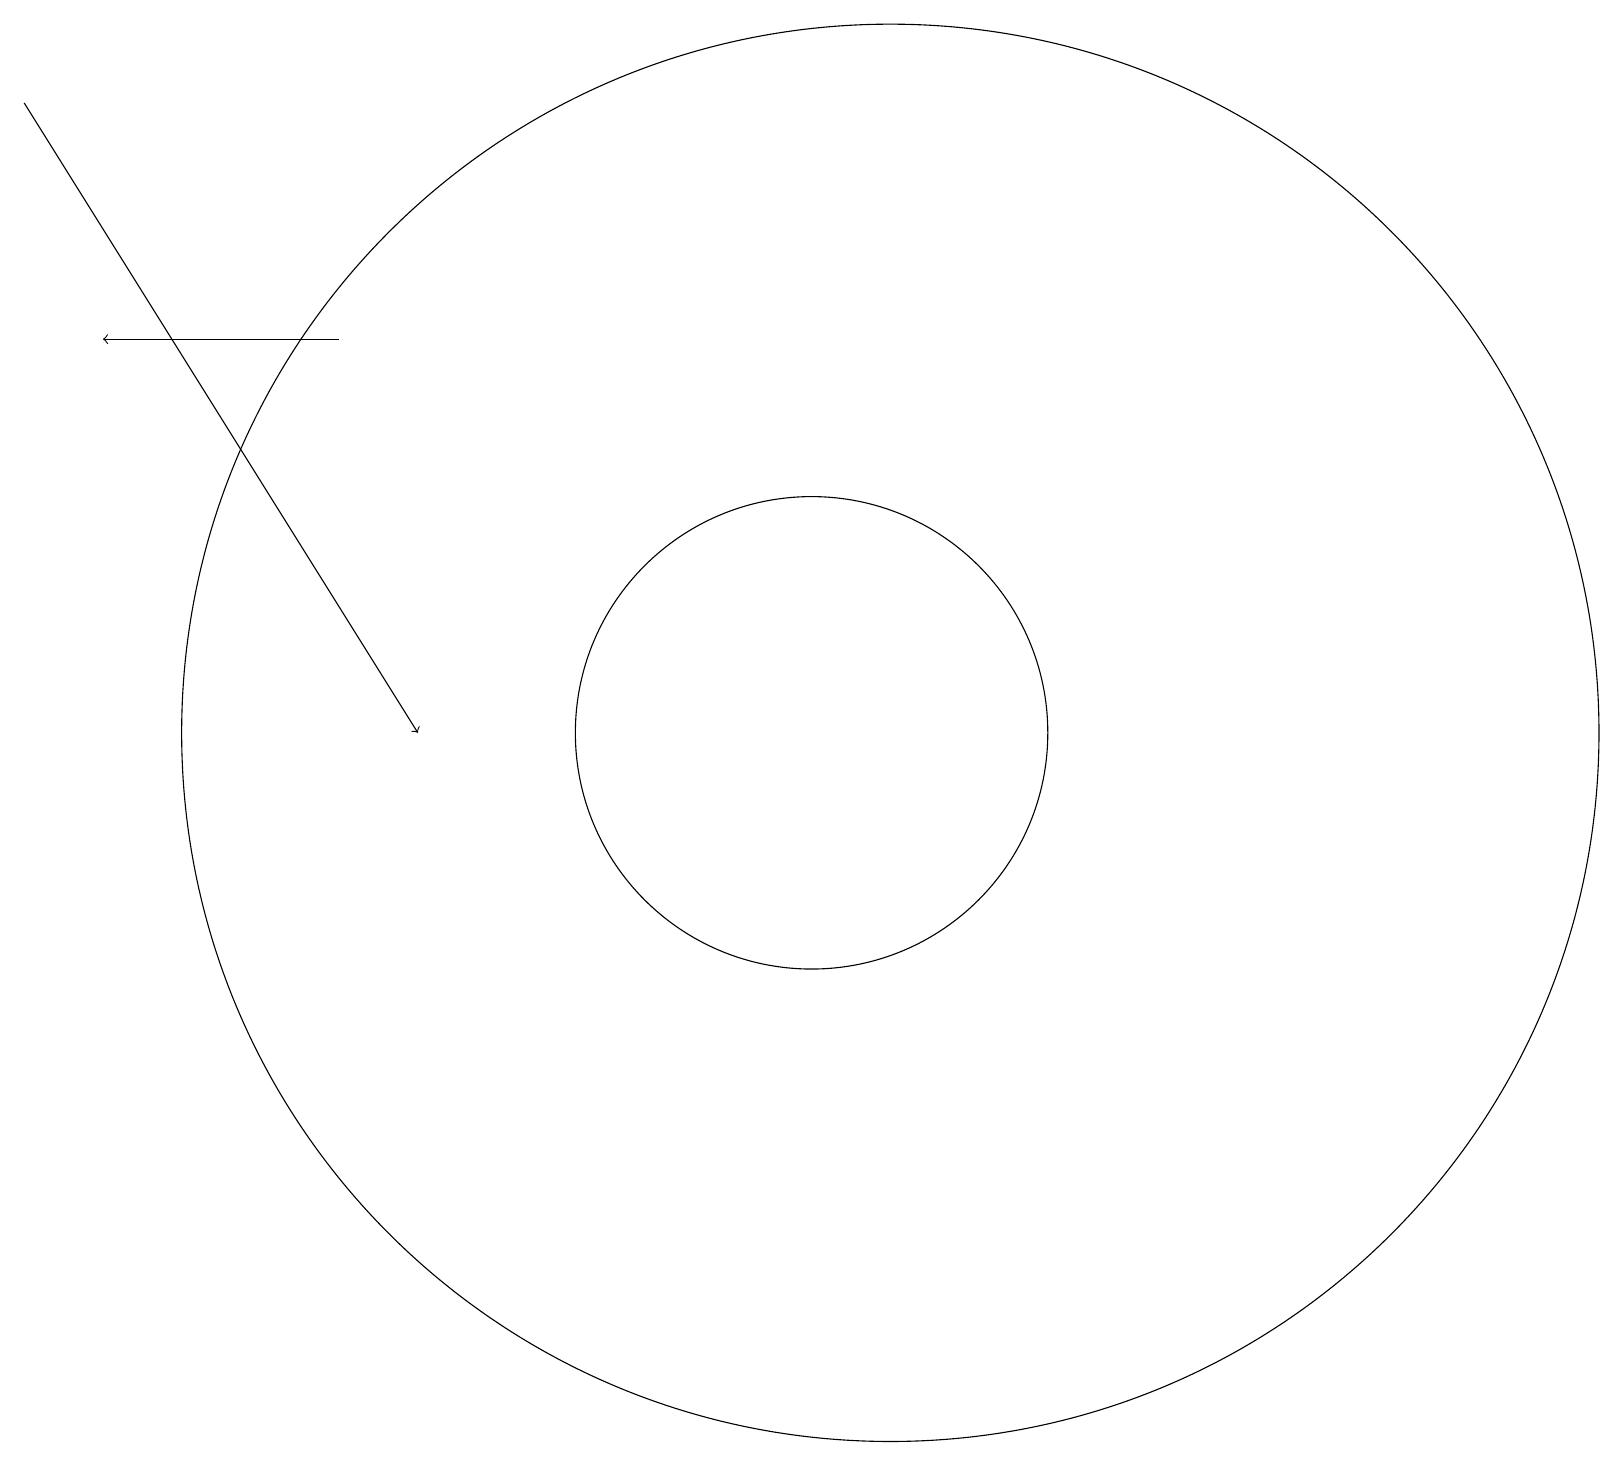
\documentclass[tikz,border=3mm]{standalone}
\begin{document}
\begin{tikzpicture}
\draw (12,11) circle (9);
\draw[->] (5,16) -- (2,16);
\draw[->] (1,19) -- (6,11);
\draw (11,11) circle (3);
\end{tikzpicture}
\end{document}